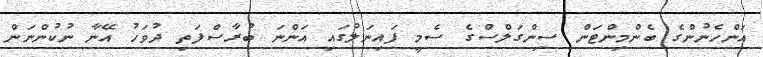
އަންހެނުންގެ ބެންމިންޓަން ސިންގަލްސްގެ ސެމީ ފައިނަލުގައި އަންނަ ބުރާސްފަތި ދުވަހު އޭނާ ނުކުންނަން